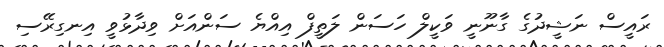
ރައީސް ނަޝީދުގެ ގާނޫނީ ވަކީލް ހަސަން ލަތީފް އިއްޔެ ސަންއަށް ވިދާޅުވީ އިނގިރޭސި